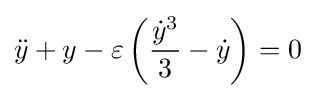
{\ddot {y}}+y-\varepsilon \left({\frac {{\dot {y}}^{3}}{3}}-{\dot {y}}\right)=0